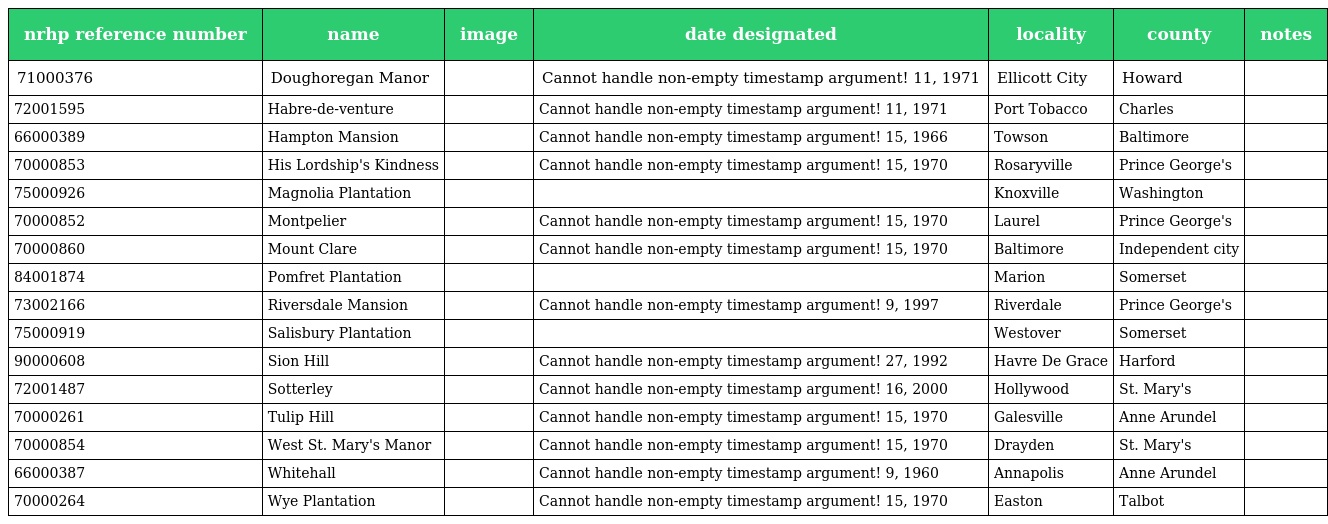
| nrhp reference number | name | image | date designated | locality | county | notes |
 | --- | --- | --- | --- | --- | --- | --- |
 | 71000376 | Doughoregan Manor |  | Cannot handle non-empty timestamp argument! 11, 1971 | Ellicott City | Howard |  |
 | 72001595 | Habre-de-venture |  | Cannot handle non-empty timestamp argument! 11, 1971 | Port Tobacco | Charles |  |
 | 66000389 | Hampton Mansion |  | Cannot handle non-empty timestamp argument! 15, 1966 | Towson | Baltimore |  |
 | 70000853 | His Lordship's Kindness |  | Cannot handle non-empty timestamp argument! 15, 1970 | Rosaryville | Prince George's |  |
 | 75000926 | Magnolia Plantation |  |  | Knoxville | Washington |  |
 | 70000852 | Montpelier |  | Cannot handle non-empty timestamp argument! 15, 1970 | Laurel | Prince George's |  |
 | 70000860 | Mount Clare |  | Cannot handle non-empty timestamp argument! 15, 1970 | Baltimore | Independent city |  |
 | 84001874 | Pomfret Plantation |  |  | Marion | Somerset |  |
 | 73002166 | Riversdale Mansion |  | Cannot handle non-empty timestamp argument! 9, 1997 | Riverdale | Prince George's |  |
 | 75000919 | Salisbury Plantation |  |  | Westover | Somerset |  |
 | 90000608 | Sion Hill |  | Cannot handle non-empty timestamp argument! 27, 1992 | Havre De Grace | Harford |  |
 | 72001487 | Sotterley |  | Cannot handle non-empty timestamp argument! 16, 2000 | Hollywood | St. Mary's |  |
 | 70000261 | Tulip Hill |  | Cannot handle non-empty timestamp argument! 15, 1970 | Galesville | Anne Arundel |  |
 | 70000854 | West St. Mary's Manor |  | Cannot handle non-empty timestamp argument! 15, 1970 | Drayden | St. Mary's |  |
 | 66000387 | Whitehall |  | Cannot handle non-empty timestamp argument! 9, 1960 | Annapolis | Anne Arundel |  |
 | 70000264 | Wye Plantation |  | Cannot handle non-empty timestamp argument! 15, 1970 | Easton | Talbot |  |